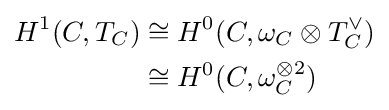
{\begin{aligned}H^{1}(C,T_{C})&\cong H^{0}(C,\omega _{C}\otimes T_{C}^{\vee })\\&\cong H^{0}(C,\omega _{C}^{\otimes 2})\end{aligned}}